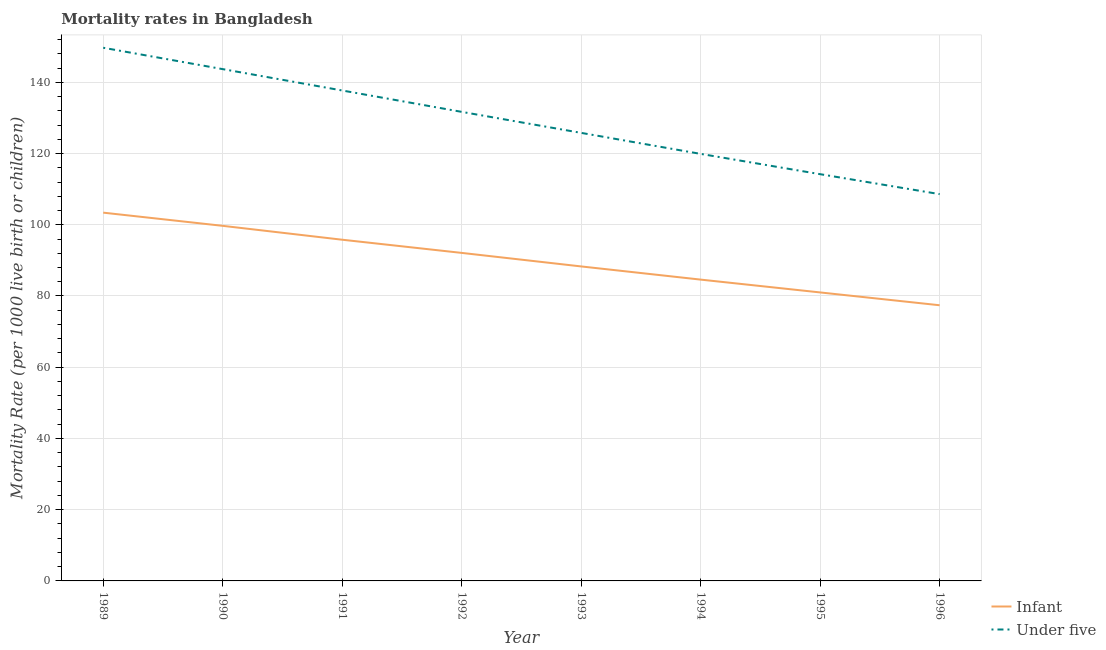
| Year | Infant | Under five |
 | --- | --- | --- |
 | 1989 | 103 | 150 |
 | 1990 | 99.7 | 144 |
 | 1991 | 95.8 | 138 |
 | 1992 | 92.1 | 132 |
 | 1993 | 88.3 | 126 |
 | 1994 | 84.6 | 120 |
 | 1995 | 81 | 114 |
 | 1996 | 77.4 | 109 |